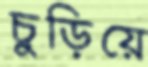
চুড়িয়ে